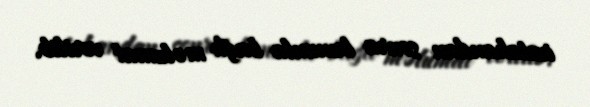
imtahandan sonra bununla bağlı məlumat verilib.